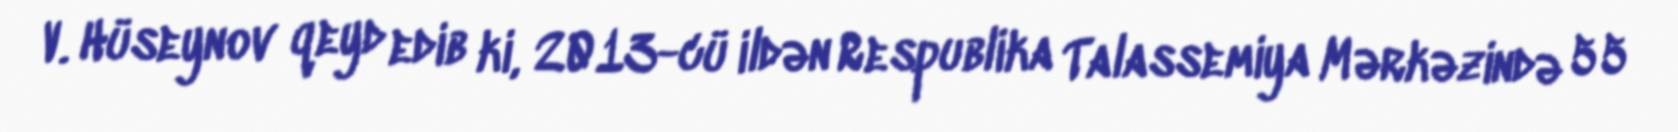
V. Hüseynov qeyd edib ki, 2013-cü ildən Respublika Talassemiya Mərkəzində 55